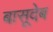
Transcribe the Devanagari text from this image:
बासूदेब